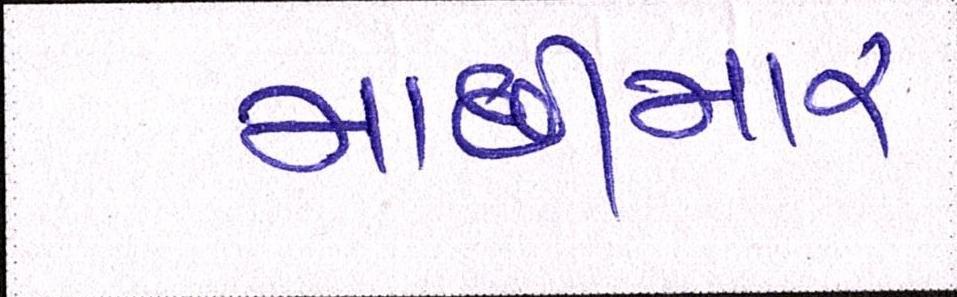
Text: માછીમાર